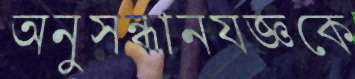
অনুসন্ধানযজ্ঞকে